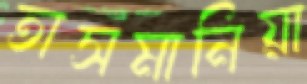
তাসমানিয়া